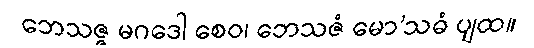
ဘေသဇ္ဇ မဂဒေါ စေဝ၊ ဘေသဇံ မော’သဓံ ပျထ။